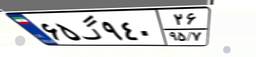
۷۴گ۹۲۷۴۸